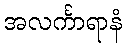
အလင်္ကာရာနံ